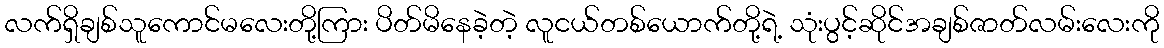
လက်ရှိချစ်သူကောင်မလေးတို့ကြား ပိတ်မိနေခဲ့တဲ့ လူငယ်တစ်ယောက်တို့ရဲ့ သုံးပွင့်ဆိုင်အချစ်ဇာတ်လမ်းလေးကို